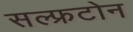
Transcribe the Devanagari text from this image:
सल्फ्रटोन